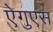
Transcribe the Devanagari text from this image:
ऐगुएस